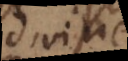
Divine